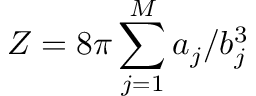
Z = 8 \pi \sum _ { j = 1 } ^ { M } { a _ { j } / b _ { j } ^ { 3 } }